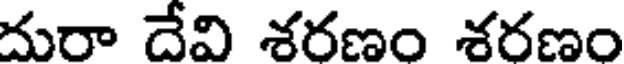
దురా దేవి శరణం శరణం